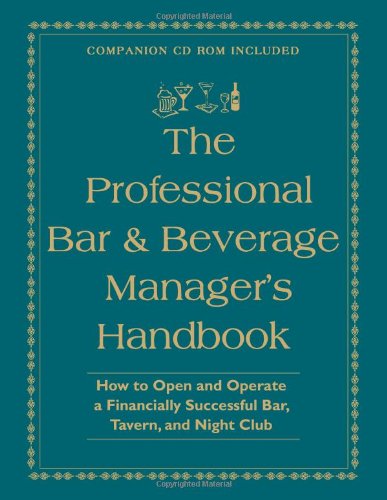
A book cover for The Professional Bar & Beverage Manager's Handbook: How to Open and Operate a Financially Successful Bar, Tavern, and Nightclub With Companion CD-ROM; Amanda Miron; Cookbooks, Food & Wine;